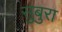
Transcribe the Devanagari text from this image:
सुबुरा